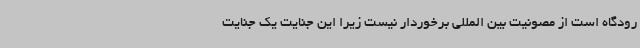
رودگاه است از مصونیت بین المللی برخوردار نیست زیرا این جنایت یک جنایت